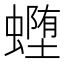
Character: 𰳜